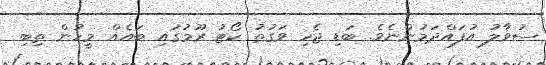
ސުވާލު އުފައްދަމުންނެވެ. ބަޑި ޖެހި ވަގުތު ކޯޓު ރޫމުގައި ބައެއް މީހުން ތިބި